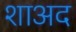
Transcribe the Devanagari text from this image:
शाअद